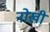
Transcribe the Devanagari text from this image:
नोख़ी